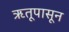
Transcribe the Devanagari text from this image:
ऋतूपासून